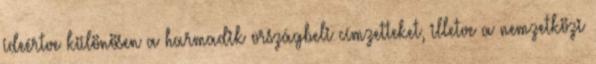
ideértve különösen a harmadik országbeli címzetteket, illetve a nemzetközi